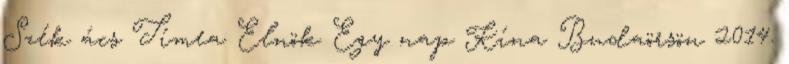
Szék ács Tímea Elnök Egy nap Kína Budaörsön 2014.